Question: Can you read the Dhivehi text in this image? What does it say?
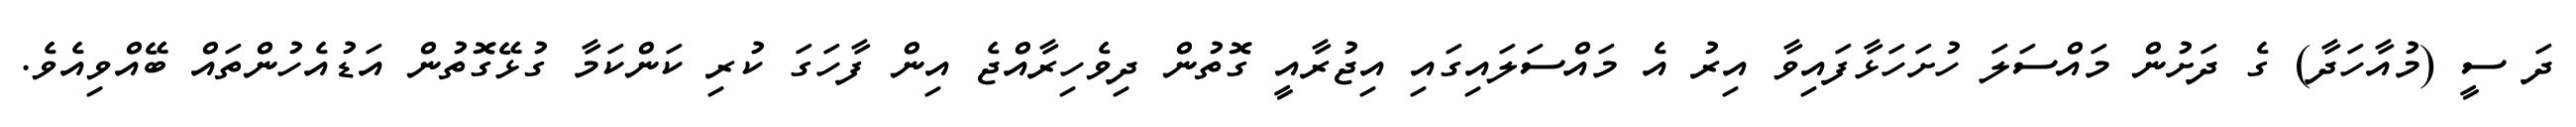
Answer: ދަ ސީ (މުއާހަދާ) ގެ ދަށުން މައްސަލަ ހުށަހަޅާފައިވާ އިރު އެ މައްސަލައިގައި އިޖުރާއީ ގޮތުން ދިވެހިރާއްޖެ އިން ފާހަގަ ކުރި ކަންކަމާ ގުޅޭގޮތުން އަޑުއެހުންތައް ބޭއްވިއެވެ.